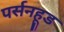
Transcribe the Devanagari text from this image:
पर्सनहूड